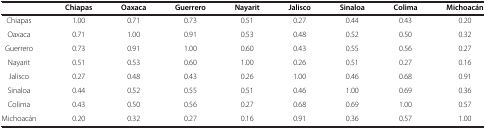
<table><thead><tr><td><b> </b></td><td><b>Chiapas</b></td><td><b>Oaxaca</b></td><td><b>Guerrero</b></td><td><b>Nayarit</b></td><td><b>Jalisco</b></td><td><b>Sinaloa</b></td><td><b>Colima</b></td><td><b>Michoacán</b></td></tr></thead><tbody><tr><td>Chiapas</td><td>1.00</td><td>0.71</td><td>0.73</td><td>0.51</td><td>0.27</td><td>0.44</td><td>0.43</td><td>0.20</td></tr><tr><td>Oaxaca</td><td>0.71</td><td>1.00</td><td>0.91</td><td>0.53</td><td>0.48</td><td>0.52</td><td>0.50</td><td>0.32</td></tr><tr><td>Guerrero</td><td>0.73</td><td>0.91</td><td>1.00</td><td>0.60</td><td>0.43</td><td>0.55</td><td>0.56</td><td>0.27</td></tr><tr><td>Nayarit</td><td>0.51</td><td>0.53</td><td>0.60</td><td>1.00</td><td>0.26</td><td>0.51</td><td>0.27</td><td>0.16</td></tr><tr><td>Jalisco</td><td>0.27</td><td>0.48</td><td>0.43</td><td>0.26</td><td>1.00</td><td>0.46</td><td>0.68</td><td>0.91</td></tr><tr><td>Sinaloa</td><td>0.44</td><td>0.52</td><td>0.55</td><td>0.51</td><td>0.46</td><td>1.00</td><td>0.69</td><td>0.36</td></tr><tr><td>Colima</td><td>0.43</td><td>0.50</td><td>0.56</td><td>0.27</td><td>0.68</td><td>0.69</td><td>1.00</td><td>0.57</td></tr><tr><td>Michoacán</td><td>0.20</td><td>0.32</td><td>0.27</td><td>0.16</td><td>0.91</td><td>0.36</td><td>0.57</td><td>1.00</td></tr></tbody></table>